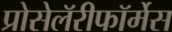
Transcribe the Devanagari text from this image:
प्रोसेलॅरीफॉर्मेस